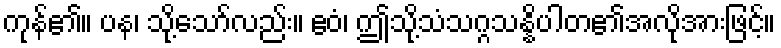
ကုန်၏။ ပန၊ သို့သော်လည်း။ ဧဝံ၊ ဤသို့သံသဂ္ဂသန္နိပါတ၏အလိုအားဖြင့်။